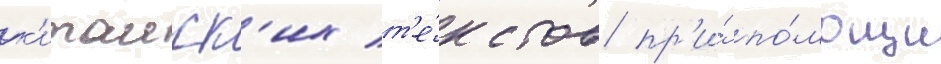
к'итаиск'их т'е́кстов пр'и́ по́мощи